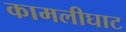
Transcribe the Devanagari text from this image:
कामलीघाट